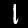
Digit: 1